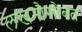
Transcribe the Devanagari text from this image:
लखनौसोबत